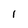
Character: l